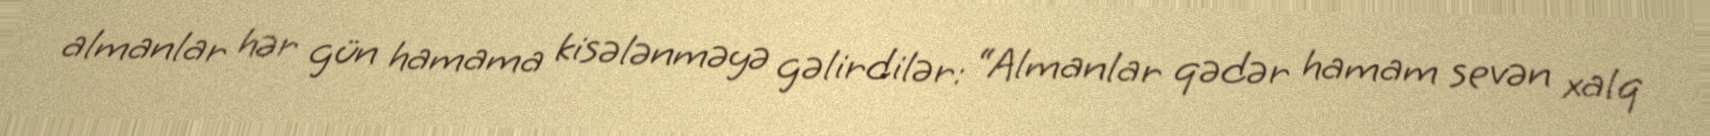
almanlar hər gün hamama kisələnməyə gəlirdilər: “Almanlar qədər hamam sevən xalq